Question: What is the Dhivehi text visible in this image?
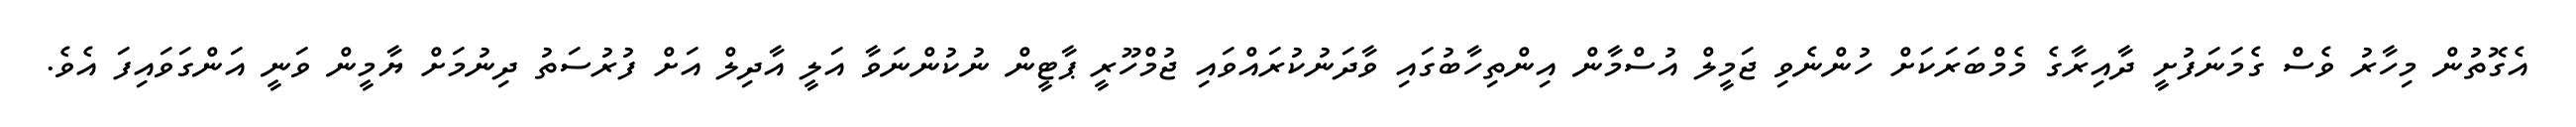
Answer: އެގޮތުން މިހާރު ވެސް ގެމަނަފުށީ ދާއިރާގެ މެމްބަރަކަށް ހުންނެވި ޖަމީލް އުސްމާން އިންތިހާބުގައި ވާދަނުކުރައްވައި ޖުމްހޫރީ ޕާޓީން ނުކުންނަވާ އަލީ އާދިލް އަށް ފުރުސަތު ދިނުމަށް ޔާމީން ވަނީ އަންގަވައިފަ އެވެ.